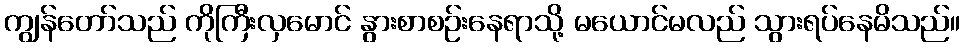
ကျွန်တော်သည် ကိုကြီးလှမောင် နွားစာစဉ်းနေရာသို့ မယောင်မလည် သွားရပ်နေမိသည်။